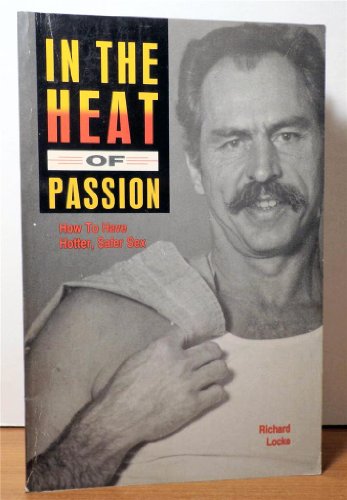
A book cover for In the heat of passion: How to have hotter, safer sex; Richard Locke; Gay & Lesbian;